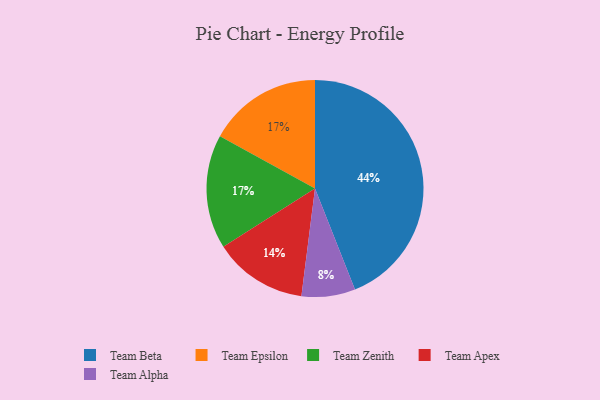
{"axis": {"x": "Category", "y": "Percentage"}, "legend": ["Team Alpha", "Team Apex", "Team Beta", "Team Epsilon", "Team Zenith"], "data": [{"x": "Team Epsilon", "y": 17, "type": "Team Epsilon"}, {"x": "Team Apex", "y": 14, "type": "Team Apex"}, {"x": "Team Zenith", "y": 17, "type": "Team Zenith"}, {"x": "Team Alpha", "y": 8, "type": "Team Alpha"}, {"x": "Team Beta", "y": 44, "type": "Team Beta"}]}